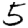
Digit: 5